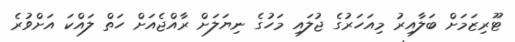
ޓޫރިޒަމަށް ބަލާއިރު މިއަހަރުގެ ޖުލައި މަހުގެ ނިޔަލަށް ރާއްޖެއަށް ހަތް ލައްކަ އަށްވުރެ